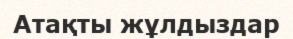
Атақты жұлдыздар